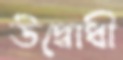
উদ্বোধী